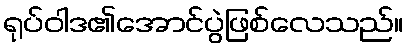
ရုပ်ဝါဒ၏အောင်ပွဲဖြစ်လေသည်။